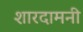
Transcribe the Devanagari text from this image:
शारदामनी